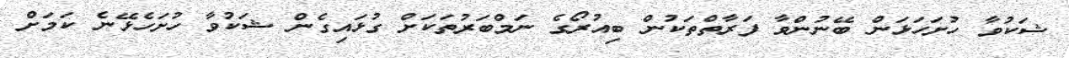
ޝަކުވާ ހުށަހަޅަން ބޭނުންވާ ފަރާތްތަކުން ބިއުރޯގެ ނަމްބަރުތަކަށް ގުޅައިގެން ޝަކުވާ ހުށަހެޅޭނެ ކަމަށް